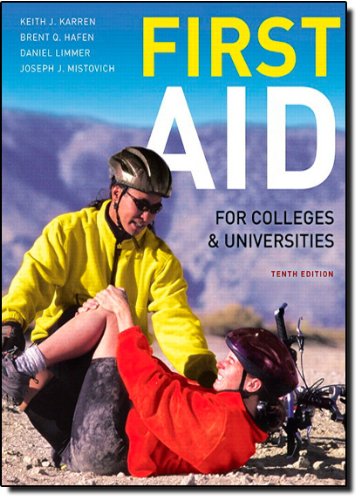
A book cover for First Aid for Colleges and Universities (10th Edition); Keith J. Karren Ph.D.; Health, Fitness & Dieting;